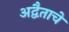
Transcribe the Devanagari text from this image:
अद्वैताचे